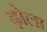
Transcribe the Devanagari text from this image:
ढ़ोला